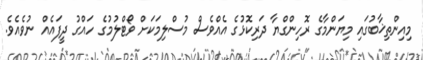
މިއިންތިޚާބުގައި މިޔަންމާގެ ރޮހިންގްޔާ ދަރިކޮޅުގެ އެއްވެސް މުސްލިމަކަށް ވޯޓްލުމުގެ ހައްގު ދީފައެއް ނުވެއެވެ.